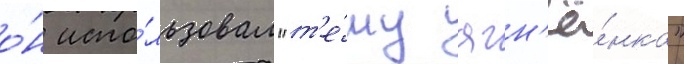
о́н испо́льзовал "т'е́му ягн'ё́нка"